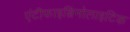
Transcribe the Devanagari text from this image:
एंटीफाइब्रिनोलाइटिक